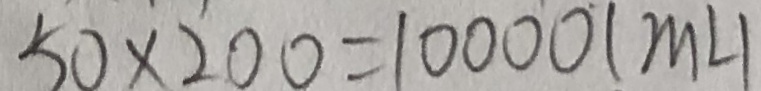
5 0 \times 2 0 0 = 1 0 0 0 0 ( m L )